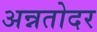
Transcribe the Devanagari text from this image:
अन्नतोदर